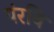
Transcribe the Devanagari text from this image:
पंरवि